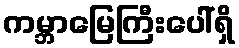
ကမ္ဘာမြေကြီးပေါ်ရှိ